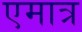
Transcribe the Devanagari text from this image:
एमात्र